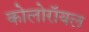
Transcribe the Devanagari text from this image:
कोलोरॉयल